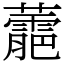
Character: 蘎